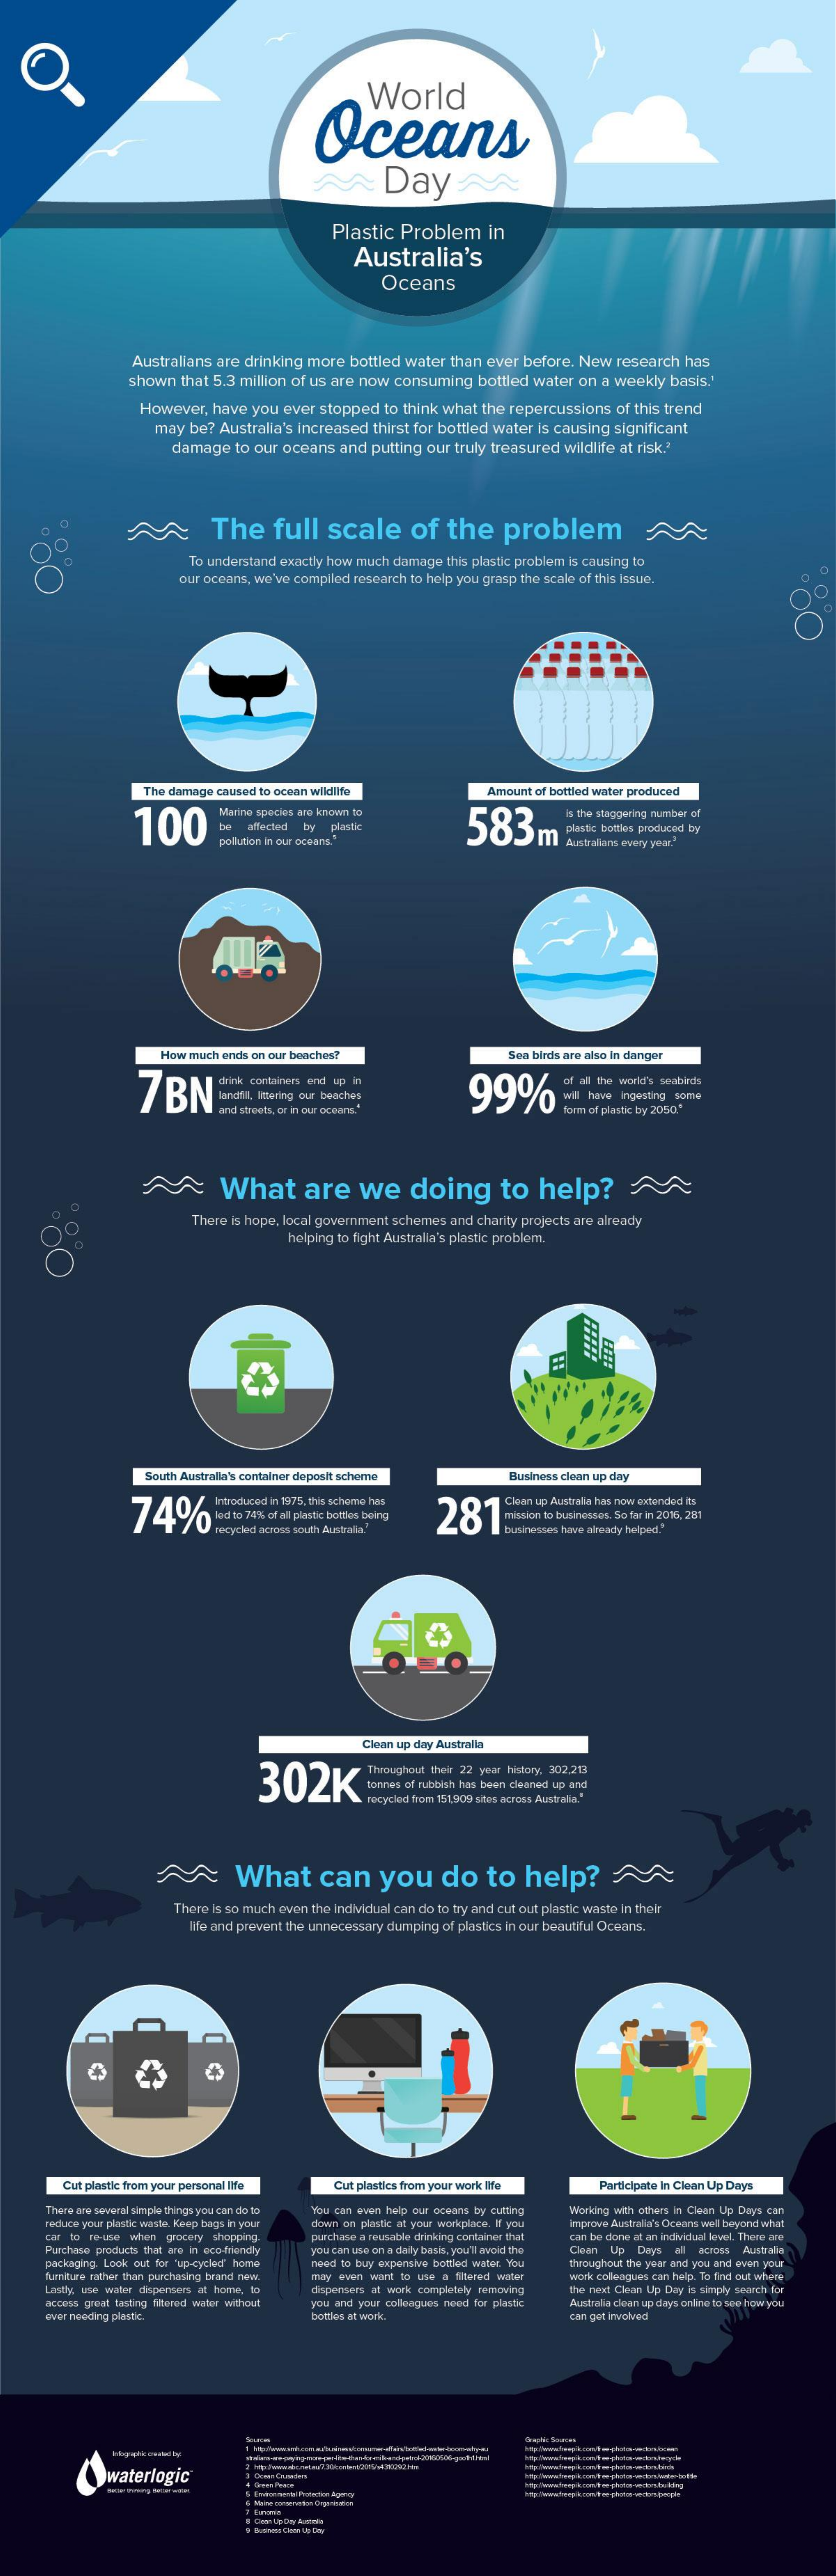
O
     World
     Oceans
     ~Day    M
     Plastic Problem   in
     Australia's
     Oceans
     Australians are drinking more bottled water than ever before. New research has
     shown that 5.3 million of us are now consuming bottled water on a weekly basis.'
     However, have you ever stopped to think what the repercussions of this trend
     may be? Australia's increased thirst for bottled water is causing significant
     damage to our oceans and putting our truly treasured wildlife at risk.ª
     ~The    full  scale    of  the    problem    A
   OC    To understand exactly how much damage this plastic problem is causing to
     our oceans, we've compiled research to help you grasp the scale of this issue.
     The damage caused to ocean wildlife    Amount of bottled water produced
     100
     Marine species are known to
     583
     is the staggering number of
     affected by plastic    plastic bottles produced by
     pollution in our oceans."    Australans avery yoar."
     How much ends on our beaches?    Sen birds are also In danger
     7BN    drink containers end up in
     andtill, ittering cur besches
     of all the world's seabirds
     und streets, or in our ocearna."    form of plastic by 2050."
     ~What    are    we    doing    to   help?
     O    There is hope, local government schemes and charity projects are already
     helping to fight Australia's plastic problem.
     South Australia's container deposit scheme Business clean up day
     Introduced in 1975, this scheme has
     281
     Clean up Australia has now extended ts
     mission to businesses. So far in 2016, 281
     recycled across south Australia." businesses have already helped."
     Clean up day Australla
     302K
     Throughout their 22 year history. 302.213
     tonnes of rubbish has been cleaned up and
     recycled from 151,909 sites across Australia."
     ~    What    can    you    do    to  help?
     There is so much even the individual can do to try and cut out plastic waste in their
     life and prevent the unnecessary dumping of plastis in our beautiful Oceans,
     Cut plastic from your personal life Cut plastics from your work life Participate In Clean Up Days
     There are several simple things you can do to You can even help our oceans by cutting
     down on plastic at your workplace. If you
     Working with others in Clean Up Days can
     reduce your plastic waste. Keep bags in your
     car to re-use when grocery shopping. purchase a reusable drinking container that
     improve Australia's Ochami well beyond what
     Purchase products that are in eco-friendly
     packaging. Look out for "up-cycled" home
     you can use on a daily basis, you'll avoid the
     can be done at an individual lovel There are
     Clean Up Days all across Australia
     Sumiture rather than purchasing brand new.
     need to buy expensive bottled water You throughout the year and you and even your
     Lastly: use water dispensers at home, to
     may even want to use a thered water
     dispensers at work completely removing
     work colleagues can help. To find out where
     you and your colleagues need for plastic
     The next Clean Up Doy Is simply search for
     access great tasting thered water without    Australia clean up days online to see how you
     ever needing plaste.    bottles at work.    can get involved
     waterlogic